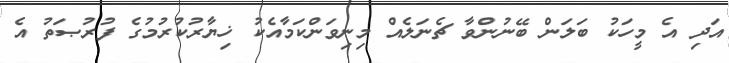
އަދި އެ މީހަކު ބަލަން ބޭނުންވާ ޗެނަލެއް މިނިވަންކަމާއެކު ޚިޔާރުކުރުމުގެ ފުރުޞަތު އެ